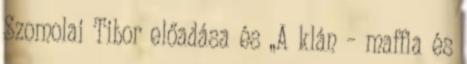
Szomolai Tibor előadása és „A klán – maffia és